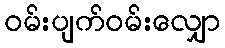
ဝမ်းပျက်ဝမ်းလျှော